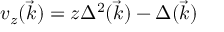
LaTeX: v _ { z } ( \vec { k } ) = z \Delta ^ { 2 } ( \vec { k } ) - \Delta ( \vec { k } )